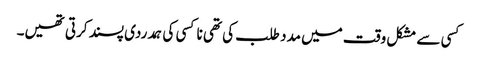
کسی سے مشکل وقت میں مدد طلب کی تھی نا کسی کی ہمدردی پسند کرتی تھیں۔